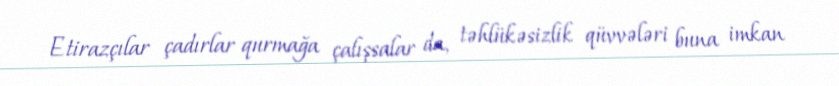
Etirazçılar çadırlar qurmağa çalışsalar da, təhlükəsizlik qüvvələri buna imkan